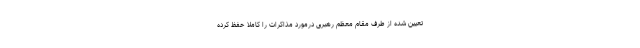
تعیین شده از طرف مقام معظم رهبری درمورد مذاکرات را کاملا حفظ کرده